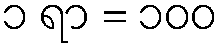
၁ ရာ = ၁၀၀